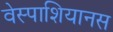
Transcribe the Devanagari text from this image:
वेस्पाशियानस